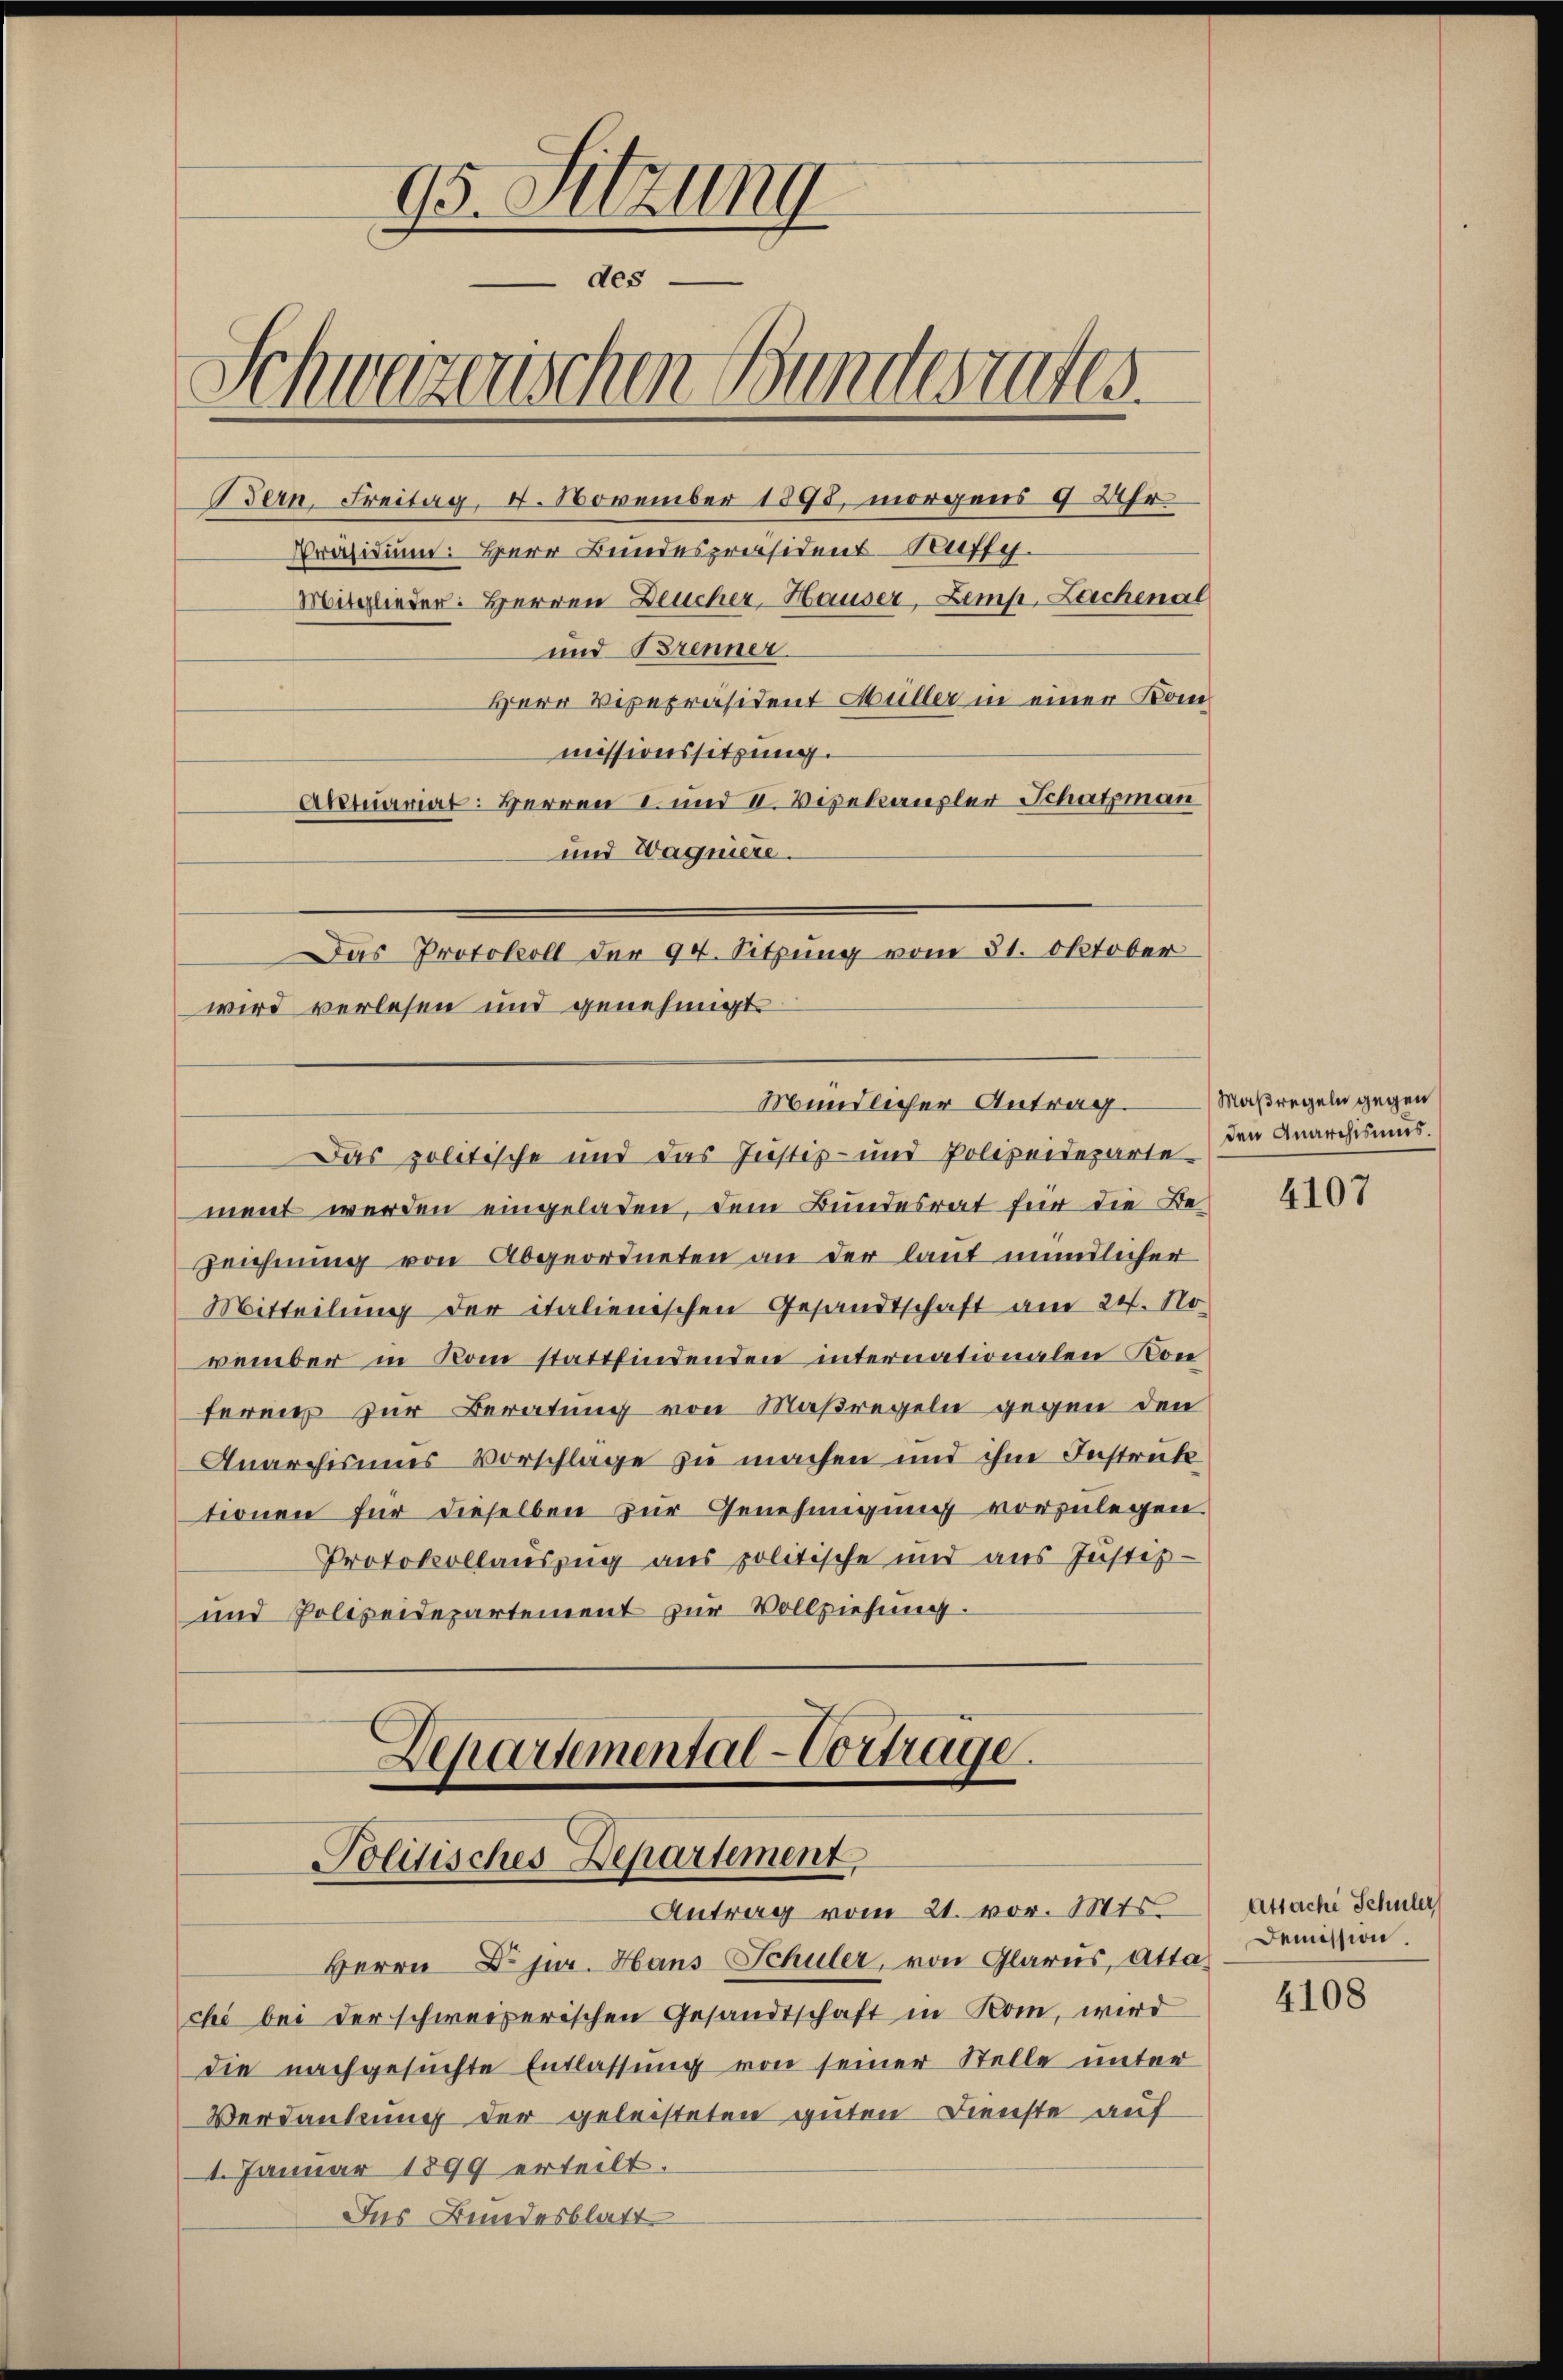
95. Sitzung
des
Schwarzerischen Bundesrates.
Präsidium. Herr Bundespräsident-Suffy.
Mitglieder: Herren Deucher Hauser, Zemp, Lachenal
und Brenner
Herr Vicepräsident Müller in einer Kommissionssitzung.
Aktuariat: Herren I. und II. Vizekanzler Schatzman
und Wagniere.
Das Protokoll der 94. Sitzung vom 31. Oktober

wird verlesen und genehmigt.
Mündlicher Antrag.
Das politische und das Justiz- und Polizeideparte

ment werden eingeladen, dem Bundesrat für die Be¬
Zeichnung von Abgeordneten an der laut mündlicher
Mitteilung der italienischen Gesandtschaft am 24. No
vember in Kom stattfindenden internationalen Kon
feren zur Beratung von Maßregeln gegen den
Anarchismus Vorschlage zu machen und ihm Instruk
tionen für dieselben zur Genehmigung vorzulegen
und Polizeidepartement zur Vollziehung.

Bern, Freitag, 1. November 1895, morgens 9 Uhr

Departemental-Vorträge.
Politisches Departement
Antrag vom 21. vor. Mts. Attachi Schüler

Protokollauszug aus politische und aus Justiz-

Herrn Dr. jur. Hans Schuler, von Glarus, Attachi bei der schweizerischen Gesandtschaft in Kom, wird
die nachgesuchte Entlassŭng von seiner Stelle unter
Verdankung der geleisteten guten Dienste auf
1. Januar 1899 erteilt.
Das Bundesblatt

Maßregeln gegen
den Quarchismus.

4107

Demission.

4108